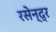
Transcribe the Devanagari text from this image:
रसेन्द्र